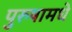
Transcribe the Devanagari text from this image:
पुरुषामधे